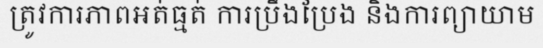
ត្រូវការភាពអត់ធ្មត់ ការប្រឹងប្រែង និងការព្យាយាម